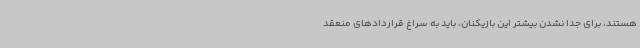
هستند، برای جدا نشدن بیشتر این بازیکنان، باید به سراغ قراردادهای منعقد